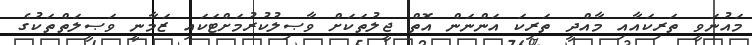
މައުނަވީ ތަރިކައާއި މާއްދީ ތަރިކަ އަންނަން އޮތް ޖީލުތަކަށް ވާޞިލުކުރުމަށްޓަކައި ޒަމާނީ ވަޞީލަތްތަކުގެ